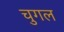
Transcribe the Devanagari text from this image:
चुगल